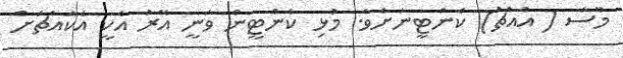
މޫސާ ( އުއްޗު) ކެންޓީނަށެވެ. މުޅި ކެންޓީން ވަނީ އޭރު އެކީ އެކައްޗަށް